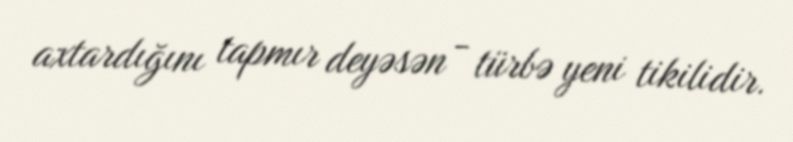
axtardığını tapmır deyəsən - türbə yeni tikilidir.